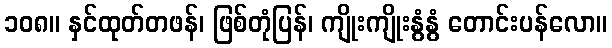
၁၀၈။ နှင်ထုတ်တဖန်၊ ဖြစ်တုံပြန်၊ ကျိုးကျိုးနွံနွံ တောင်းပန်လော။